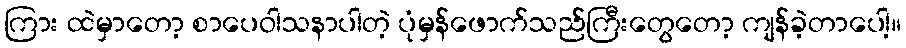
ကြား ထဲမှာတော့ စာပေဝါသနာပါတဲ့ ပုံမှန်ဖောက်သည်ကြီးတွေတော့ ကျန်ခဲ့တာပေါ့။